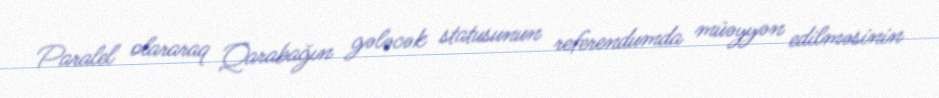
Paralel olararaq Qarabağın gələcək statusunun referendumda müəyyən edilməsinin